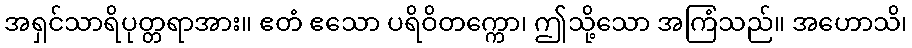
အရှင်သာရိပုတ္တရာအား။ ဧတံ ဧသော ပရိဝိတက္ကော၊ ဤသို့သော အကြံသည်။ အဟောသိ၊